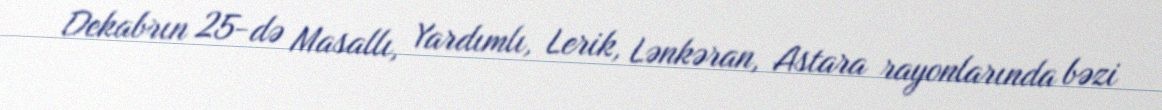
Dekabrın 25-də Masallı, Yardımlı, Lerik, Lənkəran, Astara rayonlarında bəzi